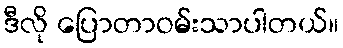
ဒီလို ပြောတာဝမ်းသာပါတယ်။